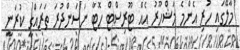
މާލޭގައި ހުރި އެންމެ މަޝްހޫރު އެއް ޓޫރިސްޓް ހޮޓާ ނަސަންދުރަ ތަރައްގީ ކުރަނީ